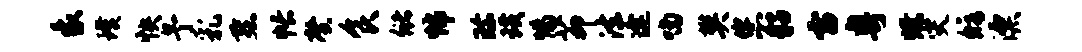
象璞怏予乳燕帐馨食储怖珍璜惕茆法逢喃樊您貂雷粤燎灾修漂